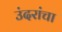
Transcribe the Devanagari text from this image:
उंदरांचा